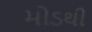
મોડથી